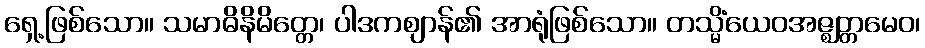
ရှေ့ဖြစ်သော။ သမာဓိနိမိတ္တေ၊ ပါဒကဈာန်၏ အာရုံဖြစ်သော။ တသ္မိံယေဝအဇ္ဈတ္တမေဝ၊